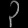
Digit: ၃